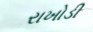
રાખોડી